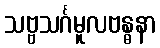
သဗ္ဗသင်္ဂမူလဗန္ဓနာ